Bréfritari: Sigríður Pálsdóttir
Viðtakandi: Páll Pálsson
Dagsetning: A-1864-08-23
Skrifað á: Breiðabólsstað  Rang.
Páll var bróðir Sigríðar

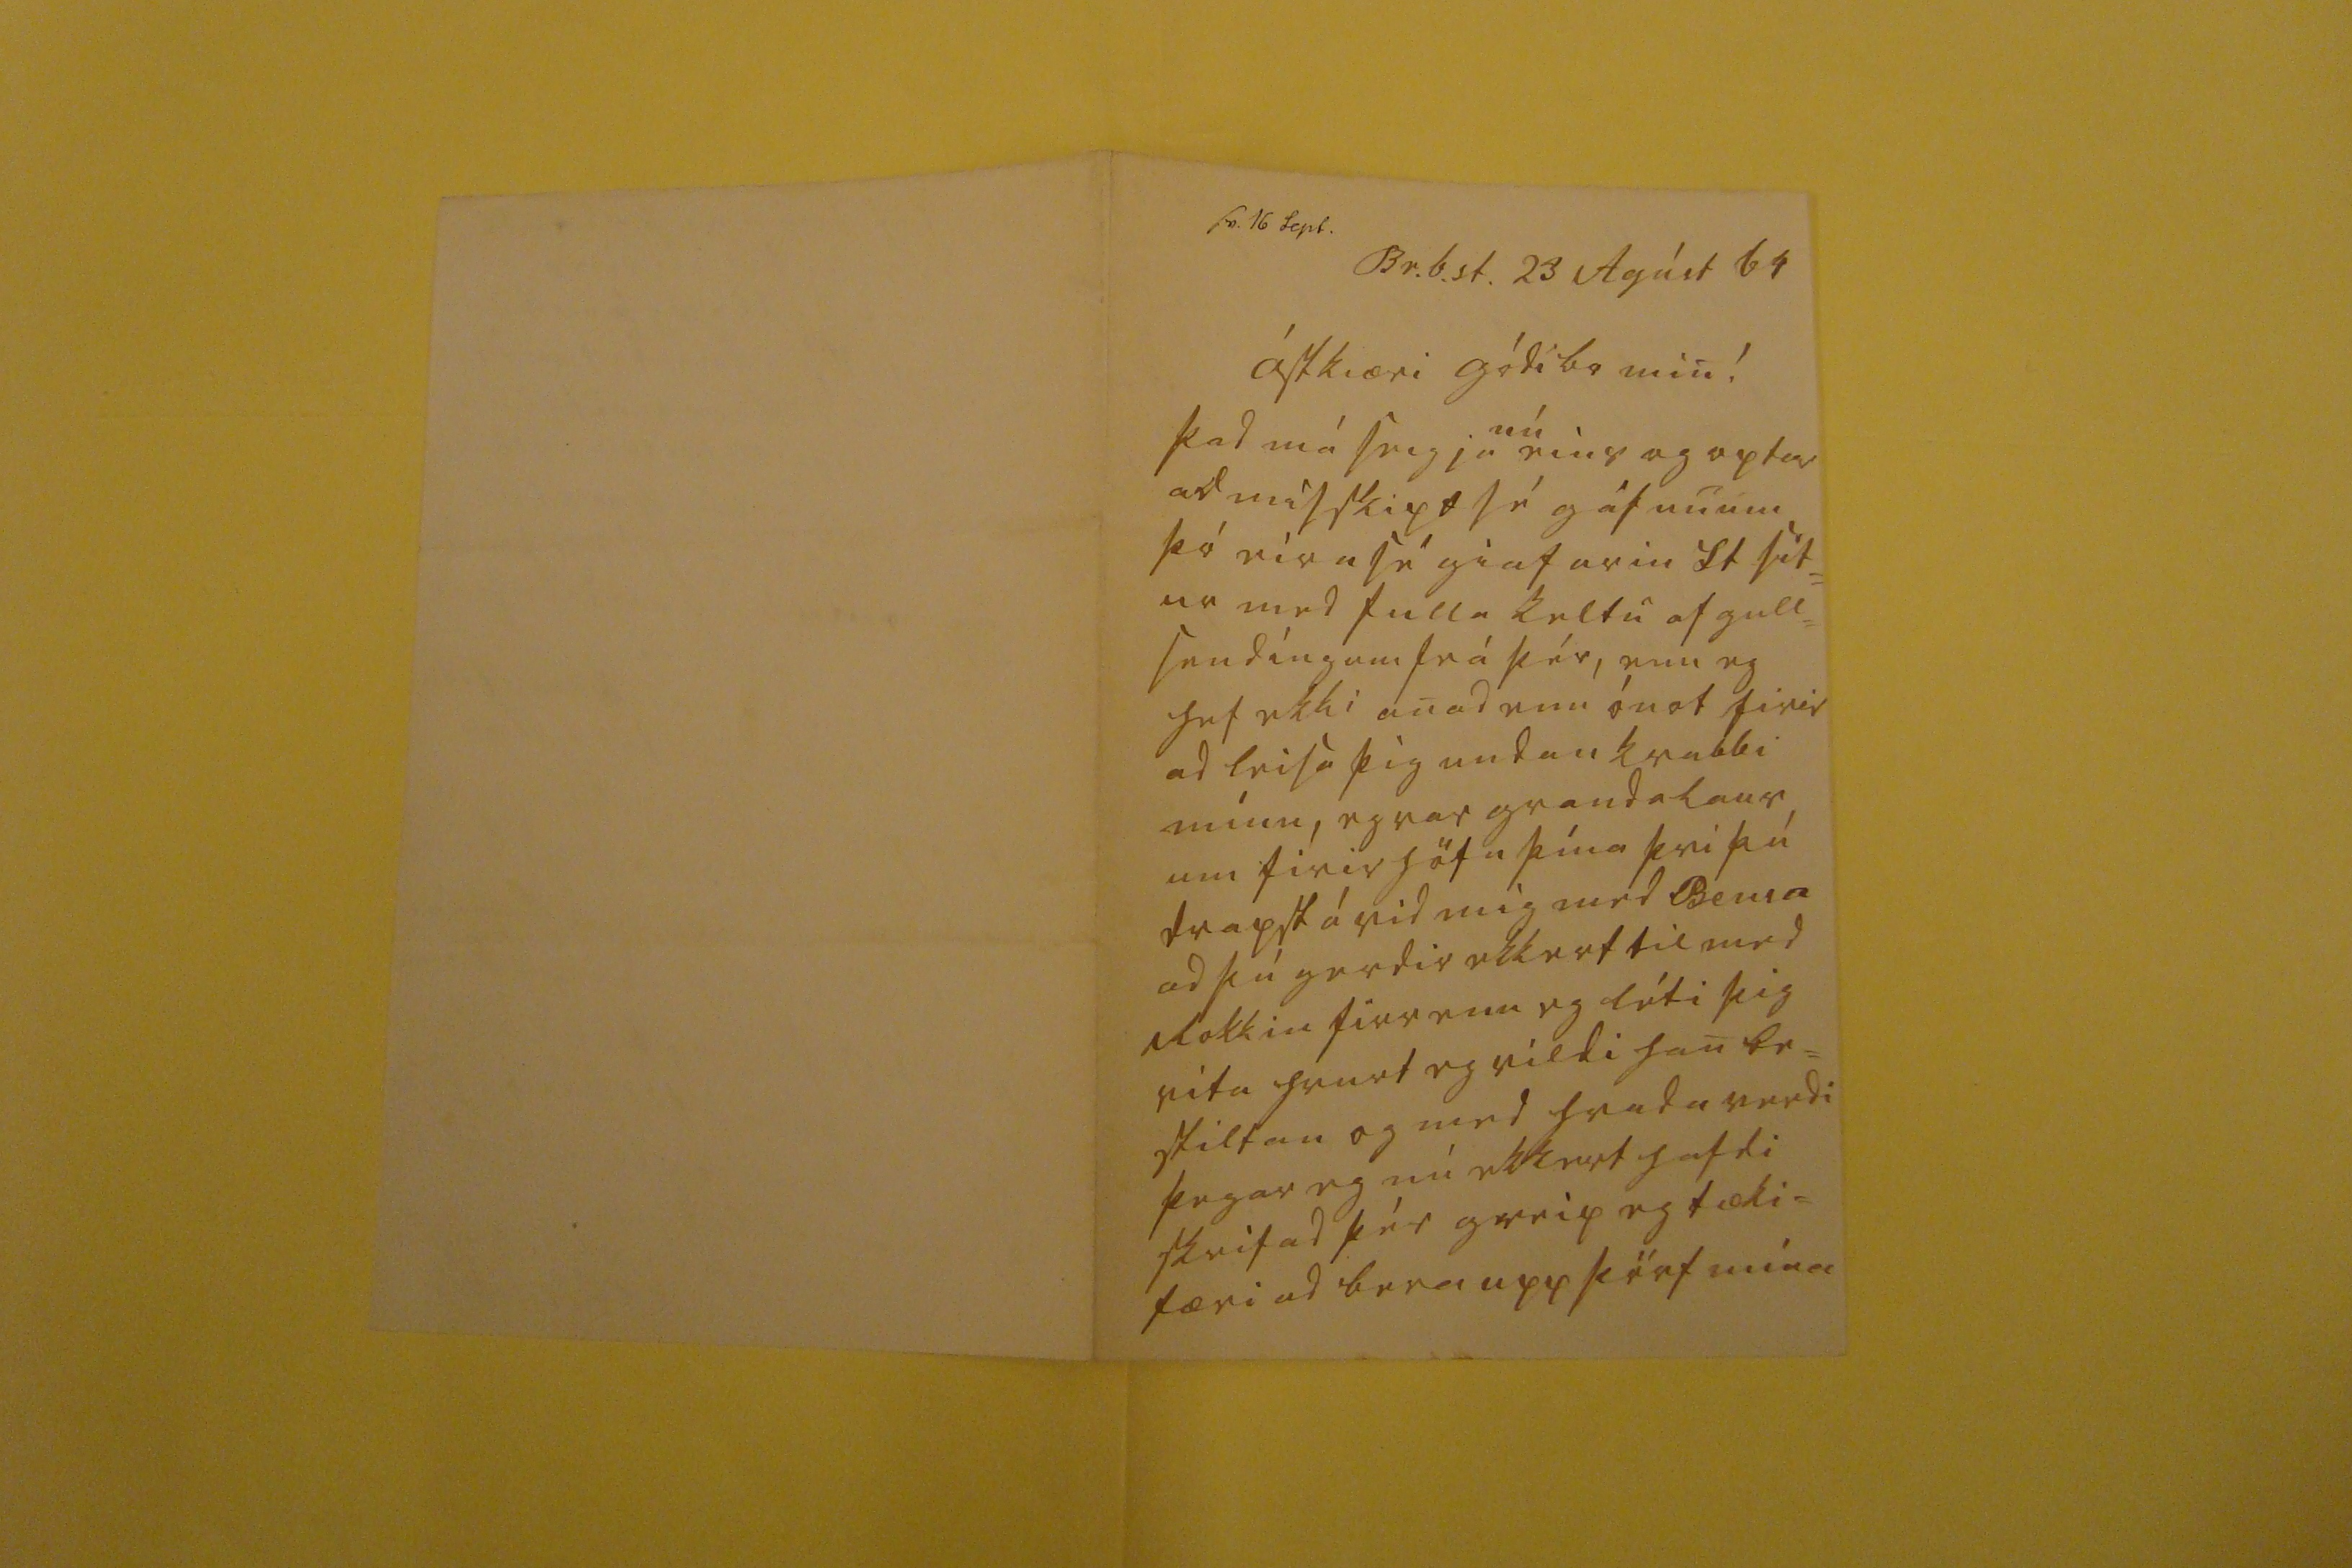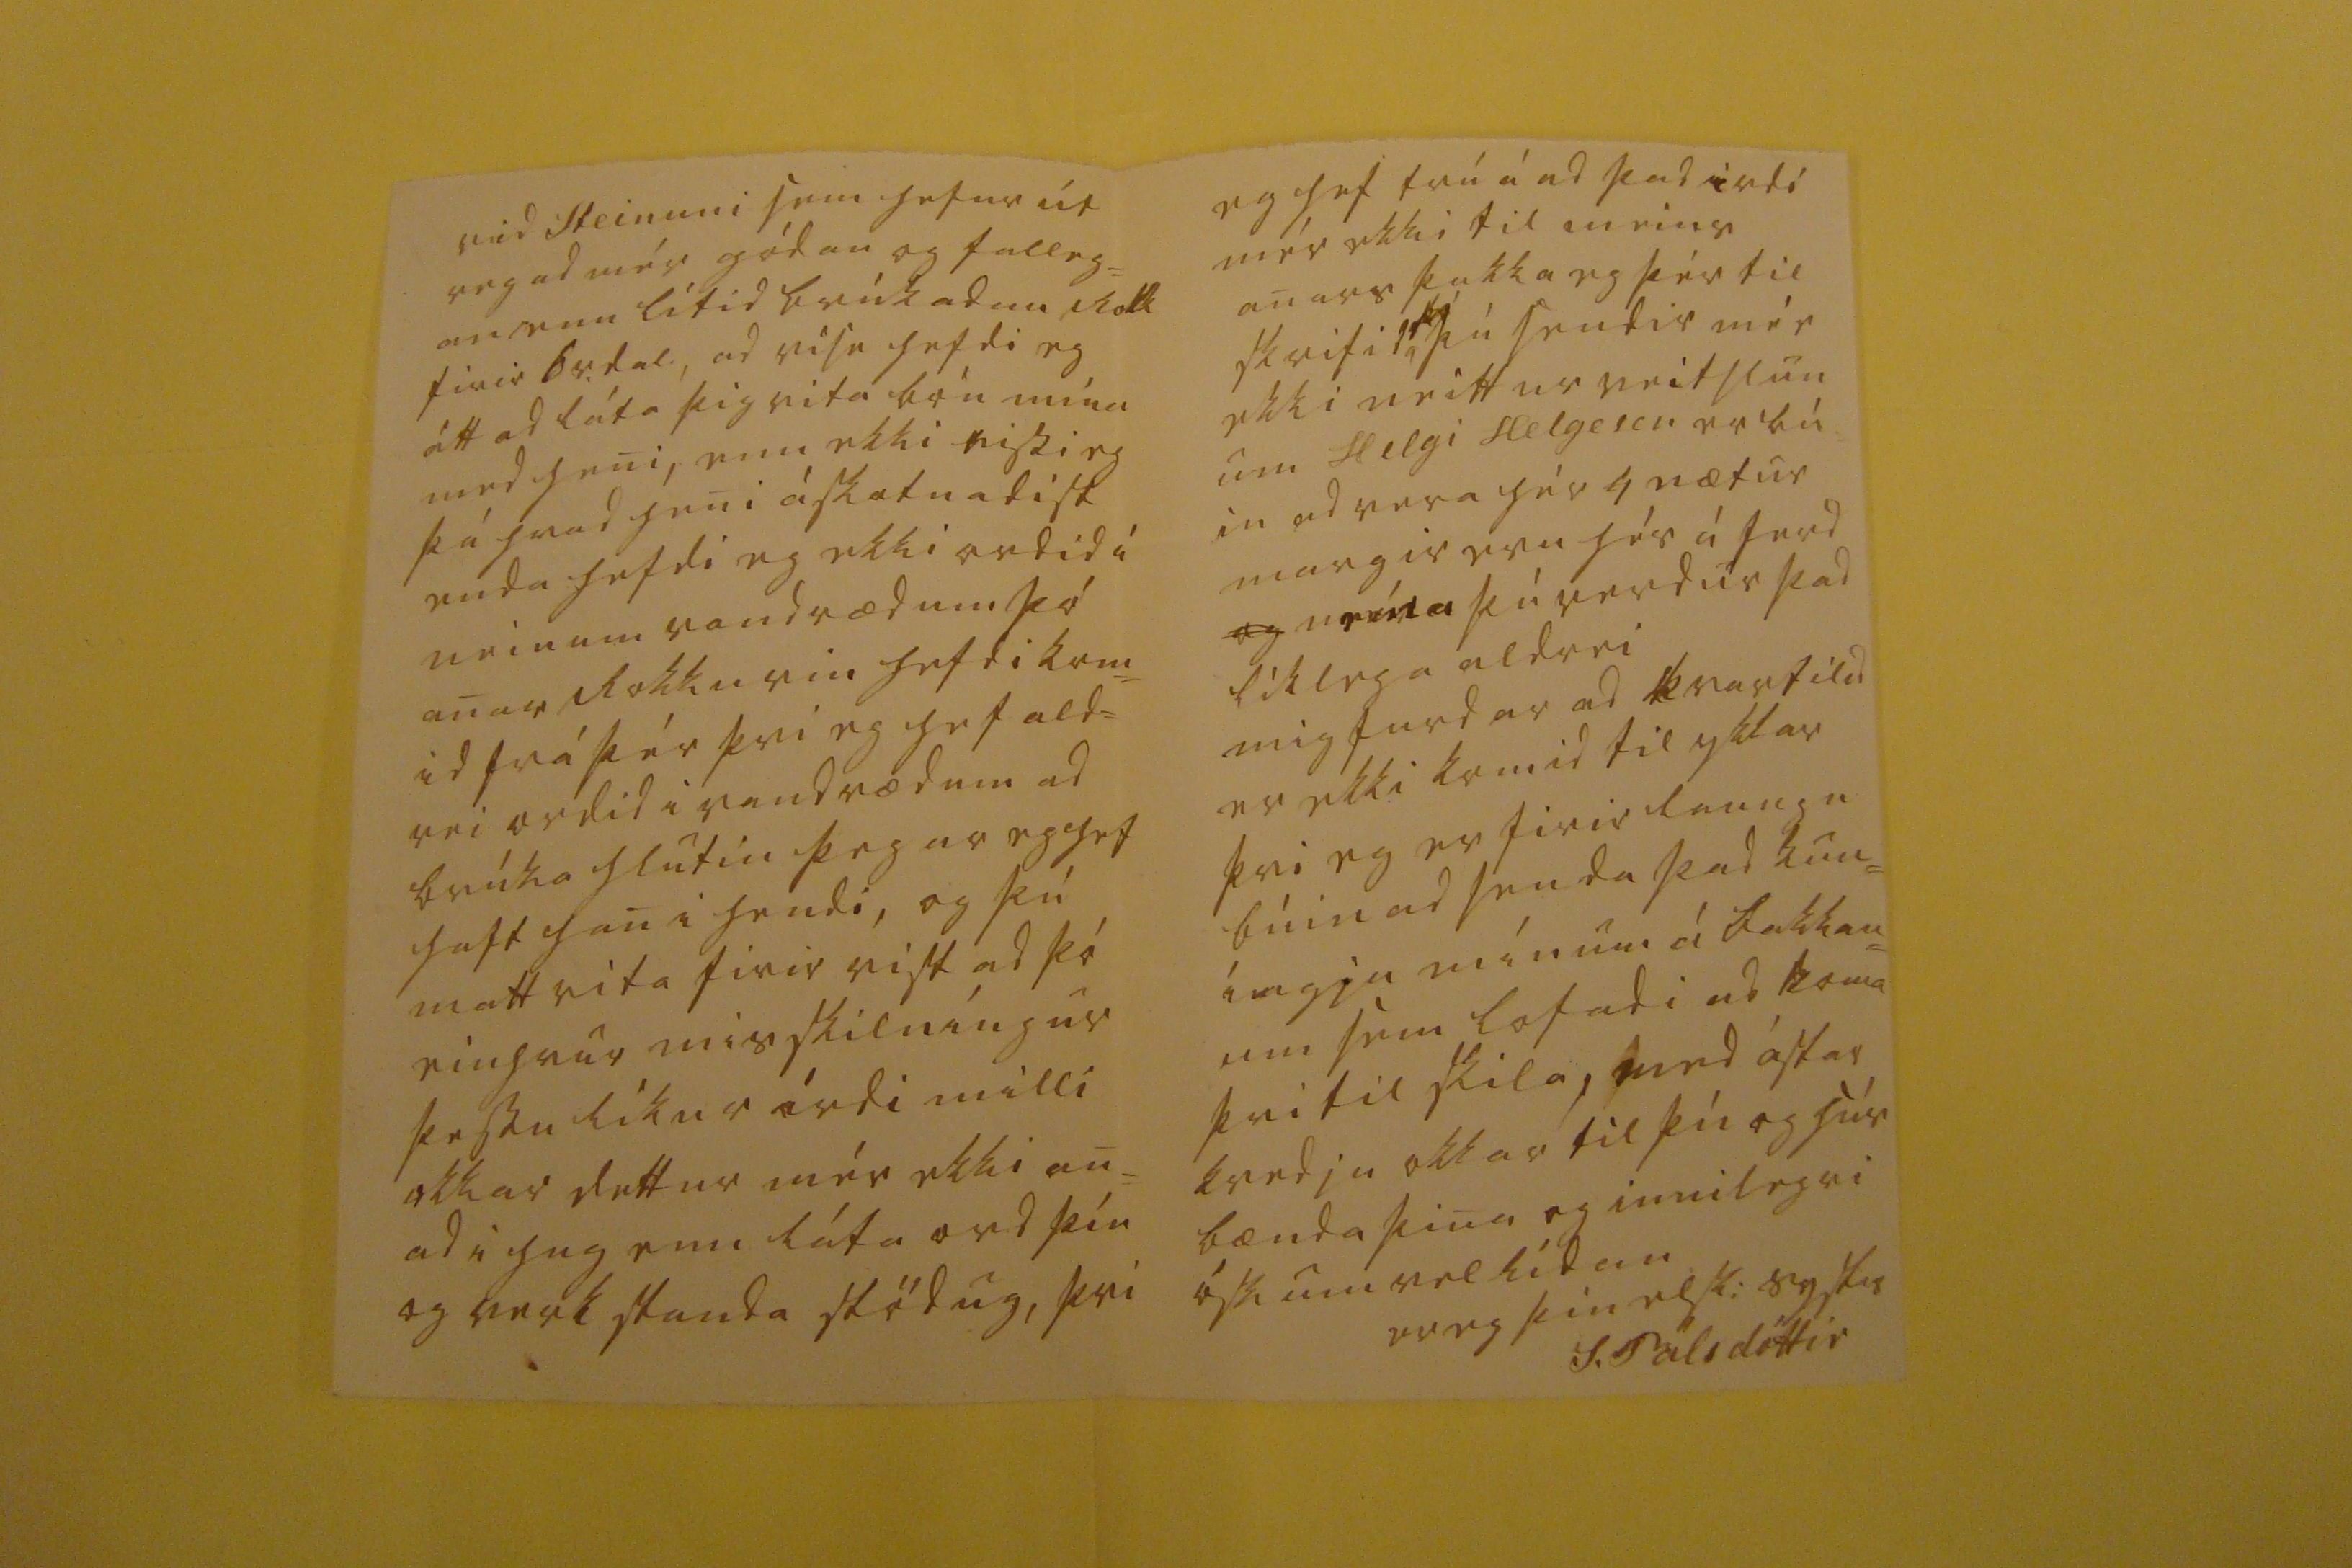

sv 16 Sepb.
Br.b.st. 23 Agúst 1864
ástkiæri gódi br min!
þad má seigja
nú
eins og optar ad misskipt sé gáfunum þó eirn sé giafarin St sit= ur med fulla keltu af gull= sendíngum frá þér, enn eg hef ekki anad enn ónot firir ad leisa þig undan kvabbi mínu, eg var grandalaus um firir höfn þína þvi þú drapst á vid mig med Bensa ad þú gerdir ekkert til med Rokkin firr enn eg léti þig vita hvurt eg vildi han be= stiltan og med hvada verdi þegar eg nú ekkert hafdi skrifad þér greip eg tæki= færi ad bera upp þörf mína
vid Steinuni sem hefur út vegad mér gódan og falleg= an enn lítid brúkadan rokk firir br.dal, ad visu hefdi eg átt ad láta þig vita bón mína med heni, enn ekki vissi eg þá hvad heni áskotnadist enda hefdi eg ekki ordid i neinum vandrædum þó anar Rokkurin hefdi kom= id frá þér þvi eg hef ald= rei ordid i vandrædum ad brúka hlutin þegar eg hef haft han i hendi, og þú matt vita firir vist ad þó einhvur misskilníngur þessu líkur írdi milli okkar dettur mér ekki an= ad i hug enn láta ord þín og verk standa stödug, þvi
eg hef trú á ad þad irdi mér ekki til meins anars þakka eg þér til skrifid þú sendir mér ekki neitt ur veitslun um Helgi Helgason er bú= in ad vera hér 4 nætur margir eru hér á ferd
og
000a
þú verdur þad líklega aldrei mig furdar ad kvartilid er ekki komid til ykkar þvi eg er firir laungu búin ad senda þad kun= íngja mínum á bakkan= um sem lofadi ad koma þvi til skila, send ástar kvedju okkar til þín og hús bænda þina og innilegri óskum vellídan
er eg þín elsk: systir
S. Pálsdóttir